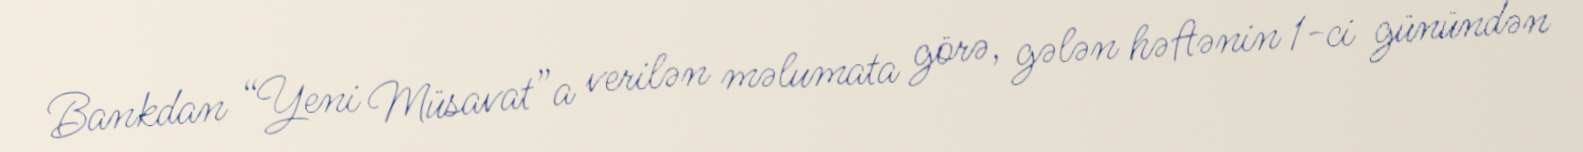
Bankdan “Yeni Müsavat”a verilən məlumata görə, gələn həftənin 1-ci günündən